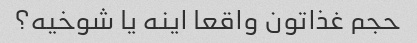
حجم غذاتون واقعا اینه یا شوخیه؟